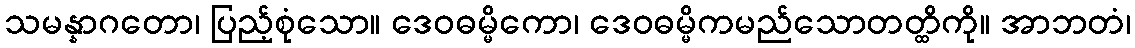
သမန္နာဂတော၊ ပြည့်စုံသော။ ဒေဝဓမ္မိကော၊ ဒေဝဓမ္မိကမည်သောတတ္ထိကို။ အာဘတံ၊